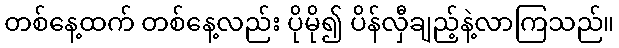
တစ်နေ့ထက် တစ်နေ့လည်း ပိုမို၍ ပိန်လှီချည့်နဲ့လာကြသည်။